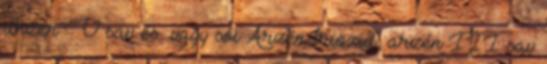
arzén V sav és vagy sói Arzén-trioxid, arzén III sav